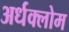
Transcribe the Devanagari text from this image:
अर्धक्लोम